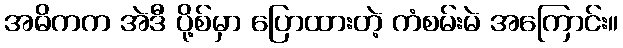
အဓိကက အဲဒီ ပို့စ်မှာ ပြောထားတဲ့ ကံစမ်းမဲ အကြောင်း။